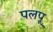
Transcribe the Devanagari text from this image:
पलपू